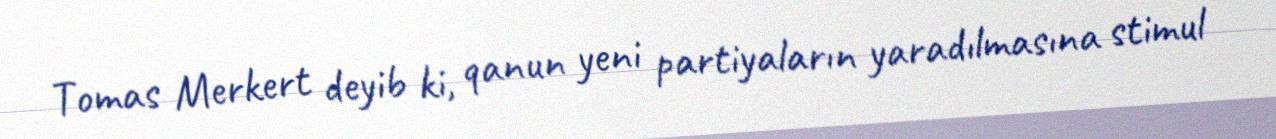
Tomas Merkert deyib ki, qanun yeni partiyaların yaradılmasına stimul